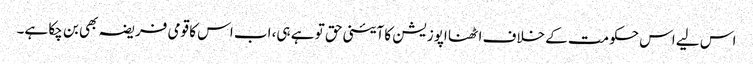
اس لیے اس حکومت کے خلاف اٹھنا اپوزیشن کا آئینی حق تو ہے ہی، اب اس کا قومی فریضہ بھی بن چکا ہے۔